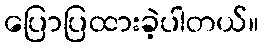
ပြောပြထားခဲ့ပါတယ်။